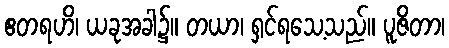
ဧတရဟိ၊ ယခုအခါ၌။ တယာ၊ ရှင်ရသေ့သည်။ ပူဇိတာ၊